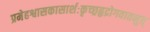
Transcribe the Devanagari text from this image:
प्रमेहश्वासकासार्शःकृच्छ्रहृद्रोगवातनुत्